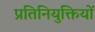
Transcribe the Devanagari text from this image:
प्रतिनियुक्तियों